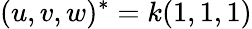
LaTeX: (u,v,w)^{*}=k(1,1,1)